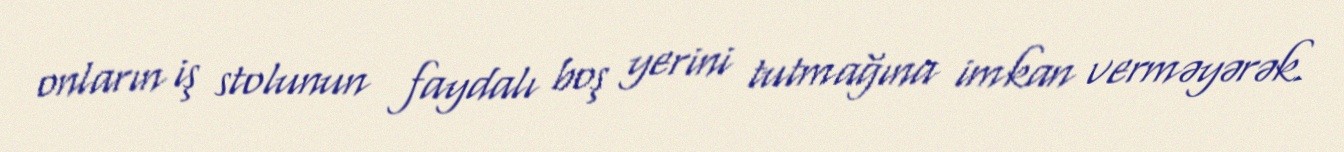
onların iş stolunun faydalı boş yerini tutmağına imkan verməyərək.